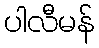
ပါလီမန်